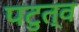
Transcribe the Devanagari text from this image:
पटुत्व